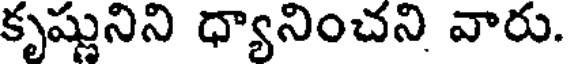
కృష్ణునిని ధ్యానించని వారు.